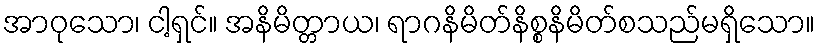
အာဝုသော၊ ငါ့ရှင်။ အနိမိတ္တာယ၊ ရာဂနိမိတ်နိစ္စနိမိတ်စသည်မရှိသော။